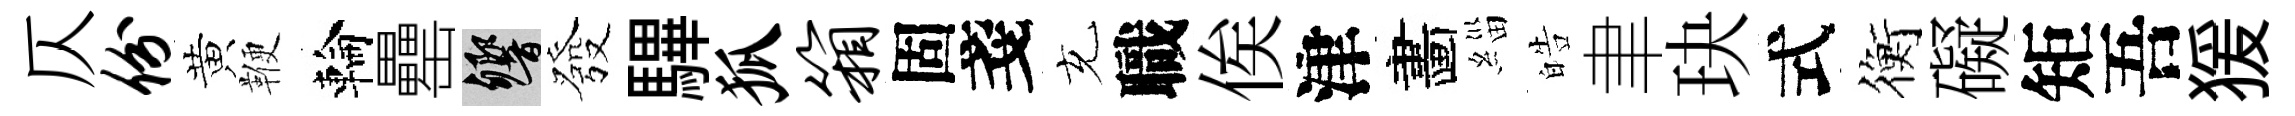
仄份黄鞭輪罍響發驆狐箱固戔充職俟津畵緇皓聿玦式衡礙矩吾猨